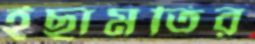
ইছামতির